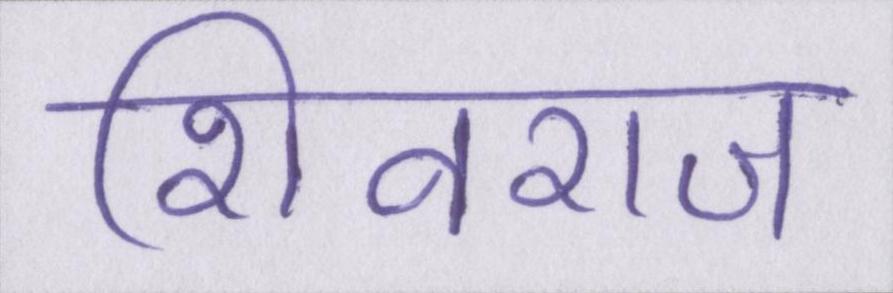
शिवराज